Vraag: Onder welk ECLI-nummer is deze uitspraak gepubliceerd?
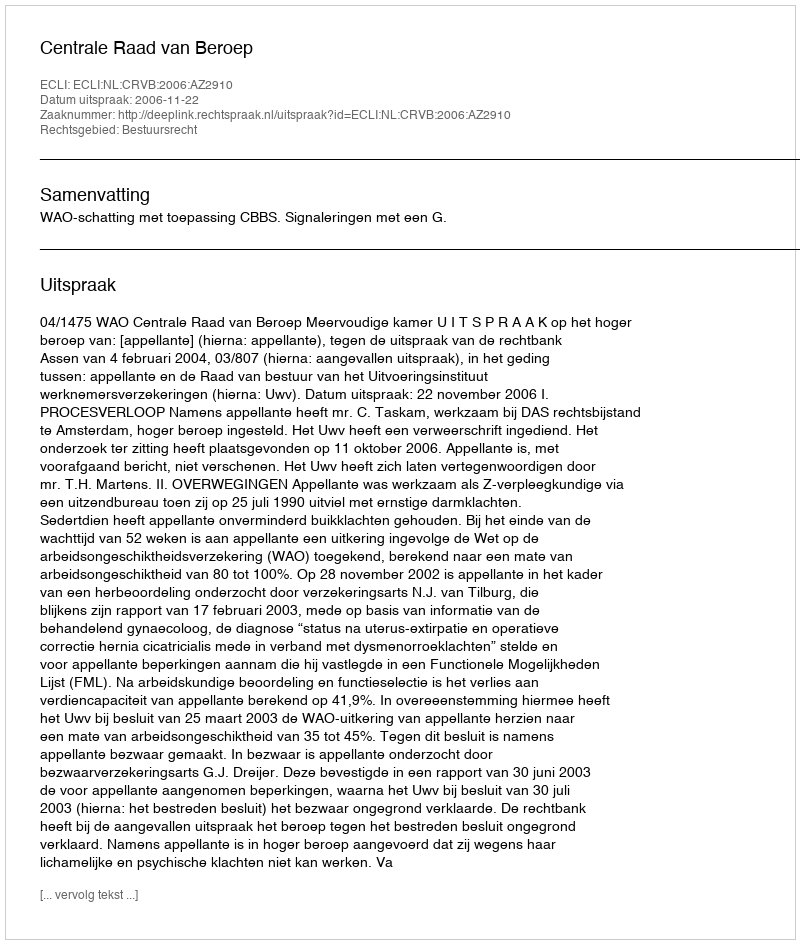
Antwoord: ECLI:NL:CRVB:2006:AZ2910